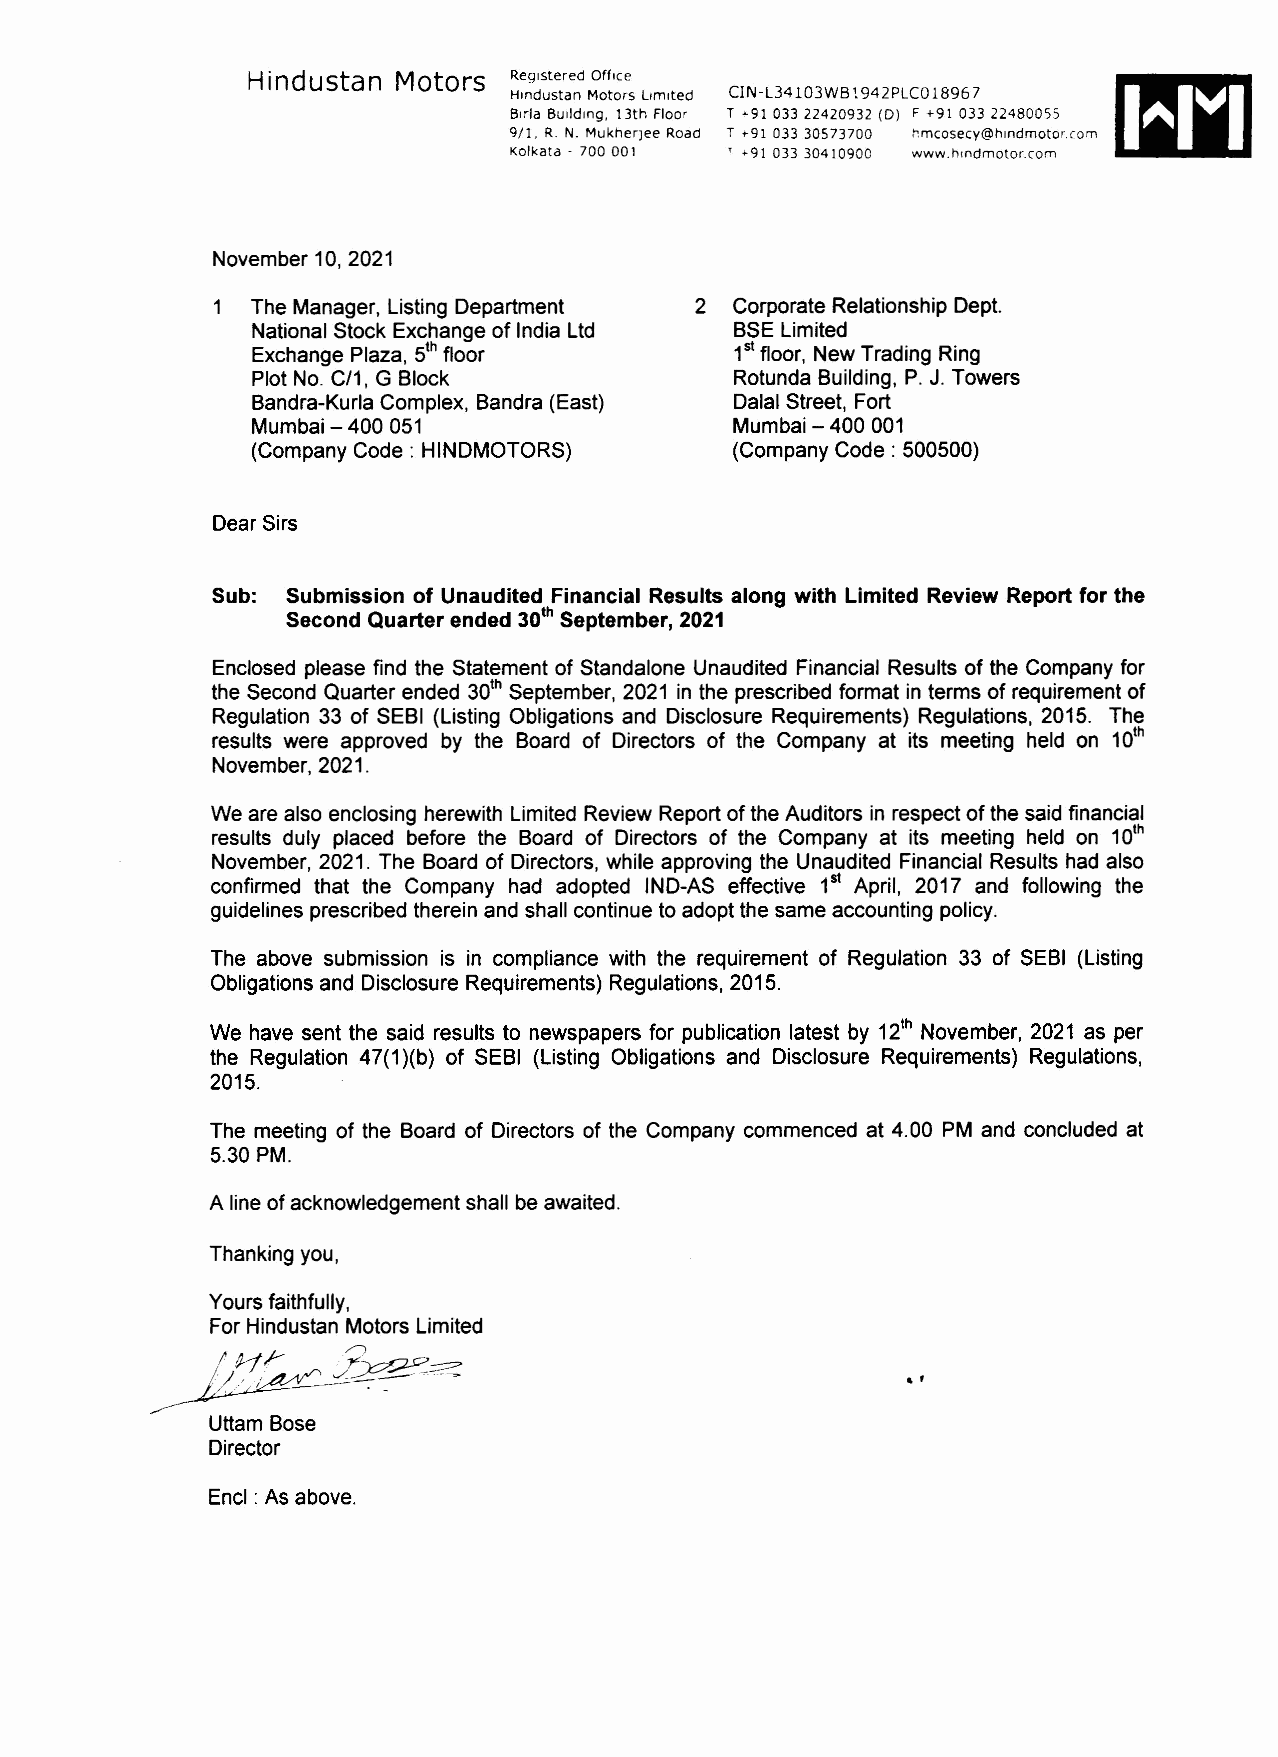
Hindustan Motors  Registered Office
 Hlndustan Motors Limited CIN-L34103WB 1942PLCO 1896 7
 Brrla BUilding. 13th Floor T ~91 033 22420932 (D) F+9\ 033 22480055
 9/1. R. N. Mukher)ee Road T +9\ 033 30573700 ~mcosecy@hlndmotor.(om
 Kolkata . 700 001 r '9\ 033 304\0900 www.htndmotor.com
 November 10,2021
 The Manager, Listing Department 2 Corporate Relationship Dept.
 National Stock Exchange of India Ltd BSE Limited
 Exchange Plaza, s" floor        1stfloor, New Trading Ring
 Plot No. C/1, G Block           Rotunda Building, P. J. Towers
 Bandra-Kurla Complex, Bandra (East) Dalal Street, Fort
 Mumbai - 400051                Mumbai - 400 001
 (Company Code: HINDMOTORS)     (Company Code: 500500)
 Dear Sirs
 Sub: Submission of Unaudited Financial Results along with Limited Review Reportfor the
 Second Quarter ended 30th September,2021
 Enclosed please find the Statement of Standalone Unaudited Financial Results of the Company for
 so"
 the Second Quarter ended September, 2021 in the prescribed format in terms of requirement of
 Regulation 33 of SEBI (Listing Obligations and Disclosure Requirements) Regulations, 2015. The
 io"
 results were approved by the Board of Directors of the Company at its meeting held on
 November, 2021.
 We are also enclosing herewith Limited Review Report of the Auditors in respect of the said financial
 io"
 results duly placed before the Board of Directors of the Company at its meeting held on
 November, 2021. The Board of Directors, while approving the Unaudited Financial Results had also
 confirmed that the Company had adopted IND-AS effective 1st April, 2017 and following the
 guidelines prescribed therein and shall continue to adopt the same accounting policy.
 The above submission is in compliance with the requirement of Regulation 33 of SEBI (Listing
 Obligations and Disclosure Requirements) Regulations, 2015.
 We have sent the said results to newspapers for publication latest by 12'h November, 2021 as per
 the Regulation 47(1)(b) of SEBI (Listing Obligations and Disclosure Requirements) Regulations,
 2015.
 The meeting of the Board of Directors of the Company commenced at 4.00 PM and concluded at
 5.30 PM.
 A line of acknowledgement shall be awaited.
 Thanking you,
 Yours faithfully,
 For Hindustan Motors Limited
 !~r     .;;'~~
 !//. A' ./V"'" ../.~ --=:::--~.. -~
 ~--'-                                           , f
 »>
 Uttam Bose
 Director
 Encl :As above.